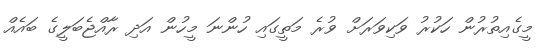
މީގެއިތުރުން ހަކުރު ވަކިވަރަށް ވުރެ މަތީގައި ހުންނަ މީހުން އަދި ރާއްޖެބަލީގެ ބައެއް